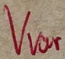
Text: Vvar